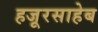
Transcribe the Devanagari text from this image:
हजूरसाहेब